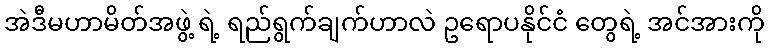
အဲဒီမဟာမိတ်အဖွဲ့ ရဲ့ ရည်ရွက်ချက်ဟာလဲ ဥရောပနိုင်ငံ တွေရဲ့ အင်အားကို